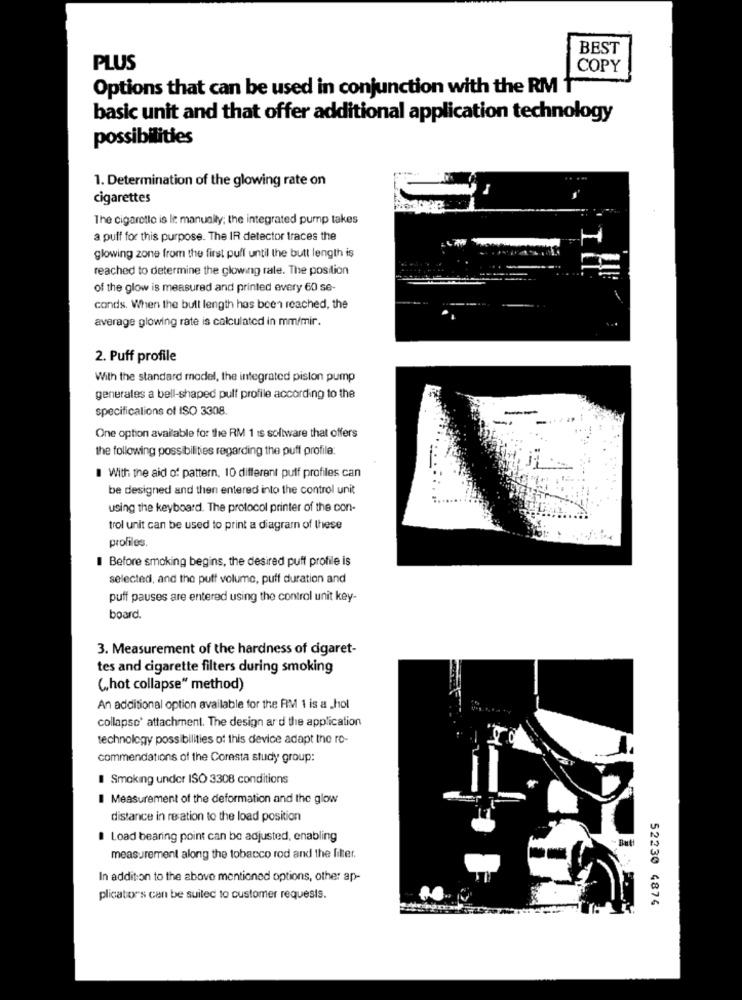
BEST
PLUS
COPY
Options that can be used in conjunction with the RM 1
basic unit and that offer additional application technology
possibilities
1. Determination of the glowing rate on
cigarettes
The cigarette is It manually; the integrated pump takes
a puff for this purpose. The IR detector traces the
glowing zone from the first pull until the butt length is
reached to determine the glowing rale. The position
of the glow is measured and printed every 60 se-
conds. When the bull length has been reached, the
average glowing rate is calculated in mm/mir.
2. Puff profile
With the standard model, the integrated piston pump
generales a bell-shaped pulf profile according to the
specificalions of ISO 3308.
One option available for the RM 1 is software that offers
the following possibilities regarding the puff profile:
With the aid of pattern, 10 different puff profiles can
be designed and then entered into the control unit
using the keyboard. The protocol printer of the con-
trol unit can be used to print a diagram of these
profiles.
I Before smoking begins, the desired puff profile is
selected, and the puff volume, puff duration and
puff pauses are entered using the control unit key-
board.
3. Measurement of the hardness of cigaret-
tes and cigarette filters during smoking
(hot collapse" method)
An additional option available for the RM 1 is a _hol
collapse* attachment. The design ar d the application
technology possibilities of this device adapt the ro-
commendations of the Coresta study group:
Smoking undor ISO 3308 conditions
I Measurement of the deformation and the glow
distance in relation to the load position
Load bearing point can be adjusted, enabling
measurement along the tobacco rod and the filter.
In addition to the above mentioned options, other ap-
plicators can be suited to customer requests.
52230 4874